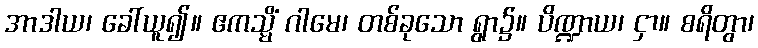
အာဒါယ၊ ခေါ်ယူ၍။ ဧကသ္မိံ ဂါမေ၊ တစ်ခုသော ရွာ၌။ ပိဏ္ဍာယ၊ ငှာ။ စရိတွာ၊